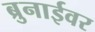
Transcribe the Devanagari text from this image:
ब्रुनाईवर